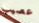
عصيب